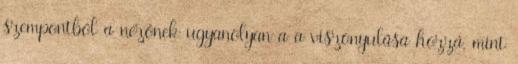
szempontból a nézőnek ugyanolyan a a viszonyulása hozzá, mint